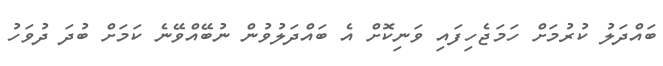
ބައްދަލު ކުރުމަށް ހަމަޖެހިފައި ވަނިކޮށް އެ ބައްދަލުވުން ނުބޭއްވޭނެ ކަމަށް ބުދަ ދުވަހު